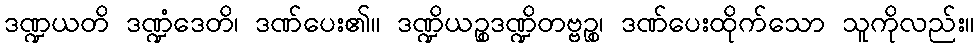
ဒဏ္ဍယတိ ဒဏ္ဍံဒေတိ၊ ဒဏ်ပေး၏။ ဒဏ္ဍိယဉ္စဒဏ္ဍိတဗ္ဗဉ္စ၊ ဒဏ်ပေးထိုက်သော သူကိုလည်း။